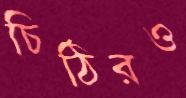
চিঠিরও